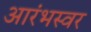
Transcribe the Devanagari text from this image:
आरंभस्वर